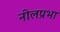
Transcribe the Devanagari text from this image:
नीलप्रभा